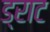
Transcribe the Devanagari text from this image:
ड्राट